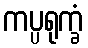
ကပ္ပရုက္ခံ